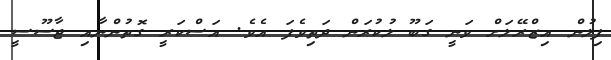
ފިލުން އިޒްރޭލަށް ވަނީ ގަބޫ ލުކުރަން ދަތިވެފަ އެވެ. އަސްކަރީ ގޮތުންނާއި ޖާސޫސީ